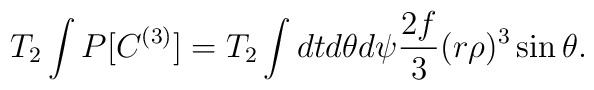
T_2\int P[C^{(3)}] = T_2 \int dtd\theta d\psi \frac{2f}{3}(r\rho)^3\sin \theta.